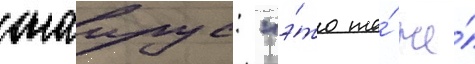
саирус: "э́то та́ же́